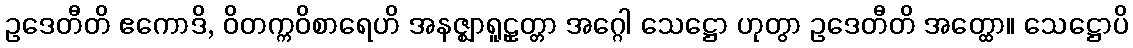
ဥဒေတီတိ ဧကောဒိ, ဝိတက္ကဝိစာရေဟိ အနဇ္ဈာရူဠှတ္တာ အဂ္ဂေါ သေဋ္ဌော ဟုတွာ ဥဒေတီတိ အတ္ထော။ သေဋ္ဌောပိ